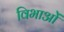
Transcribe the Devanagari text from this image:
विभाओं